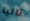
تاليا